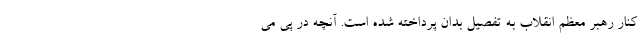
کنار رهبر معظم انقلاب به تفصیل بدان پرداخته شده است. آنچه در پی می